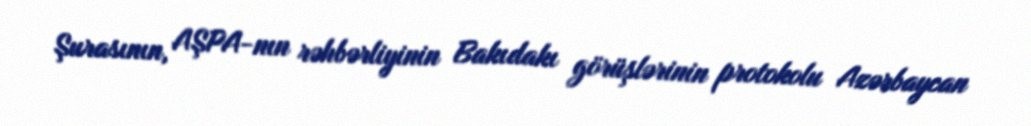
Şurasının, AŞPA-nın rəhbərliyinin Bakıdakı görüşlərinin protokolu Azərbaycan